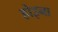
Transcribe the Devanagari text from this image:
होइना